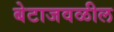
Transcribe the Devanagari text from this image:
बेटाजवळील